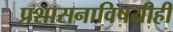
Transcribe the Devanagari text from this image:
प्रशासनाविषयीही